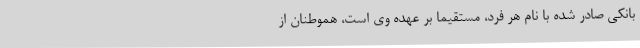
بانکی صادر شده با نام هر فرد، مستقیماً بر عهده وی است، هموطنان از